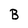
Character: B